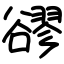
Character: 豂